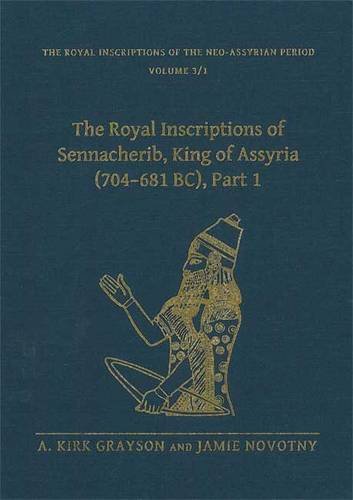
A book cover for Royal Inscriptions of Sennacherib: 1: King of Assyria 704-681 BC (Royal Inscriptions of the Neo-Assyrian Period); A.Kirk Grayson; History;